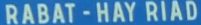
RABAT-HAY-RIAD